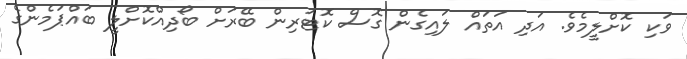
ވަކި ކޮށްލީމެވެ. އަދި އަަތައް ލައިގެން ގޮސް ކޮޓަރިން ބޭރަށް ބޯދިއްކޮށްލީ ބައްޕަމެންގެ